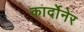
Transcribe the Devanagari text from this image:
कार्दोनेर